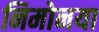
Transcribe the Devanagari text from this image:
निमोनया